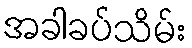
အခါခပ်သိမ်း